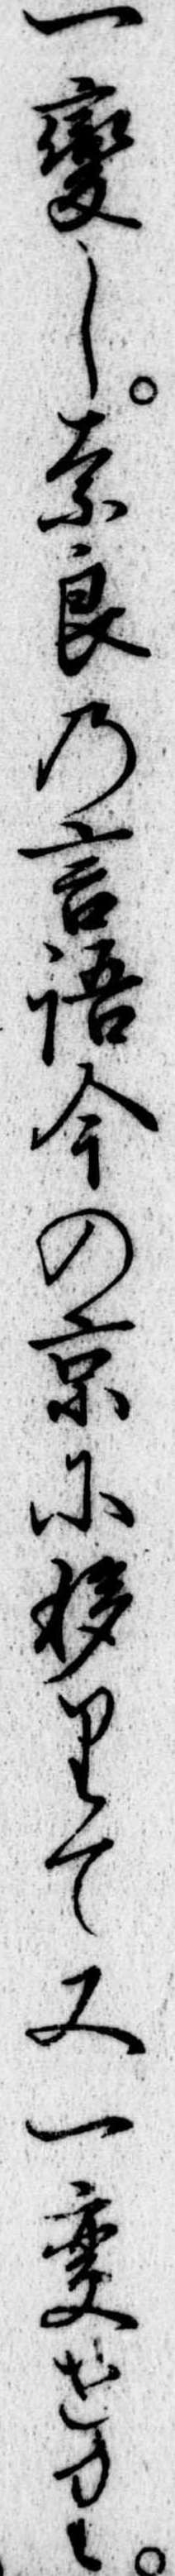
一変し奈良の言語今の京に移りて又一変せり